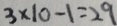
3 \times 1 0 - 1 = 2 9